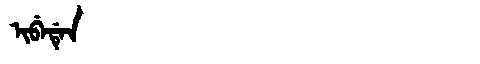
Manchu: ᡳᠪᡝᡩᡝᠨ
Romanization: IBEDEN